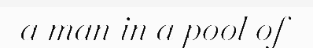
a man in a pool of